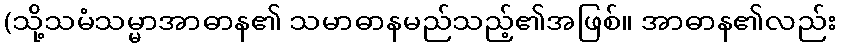
(သို့သမံသမ္မာအာဓာန၏ သမာဓာနမည်သည့်၏အဖြစ်။ အာဓာန၏လည်း